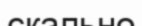
скально